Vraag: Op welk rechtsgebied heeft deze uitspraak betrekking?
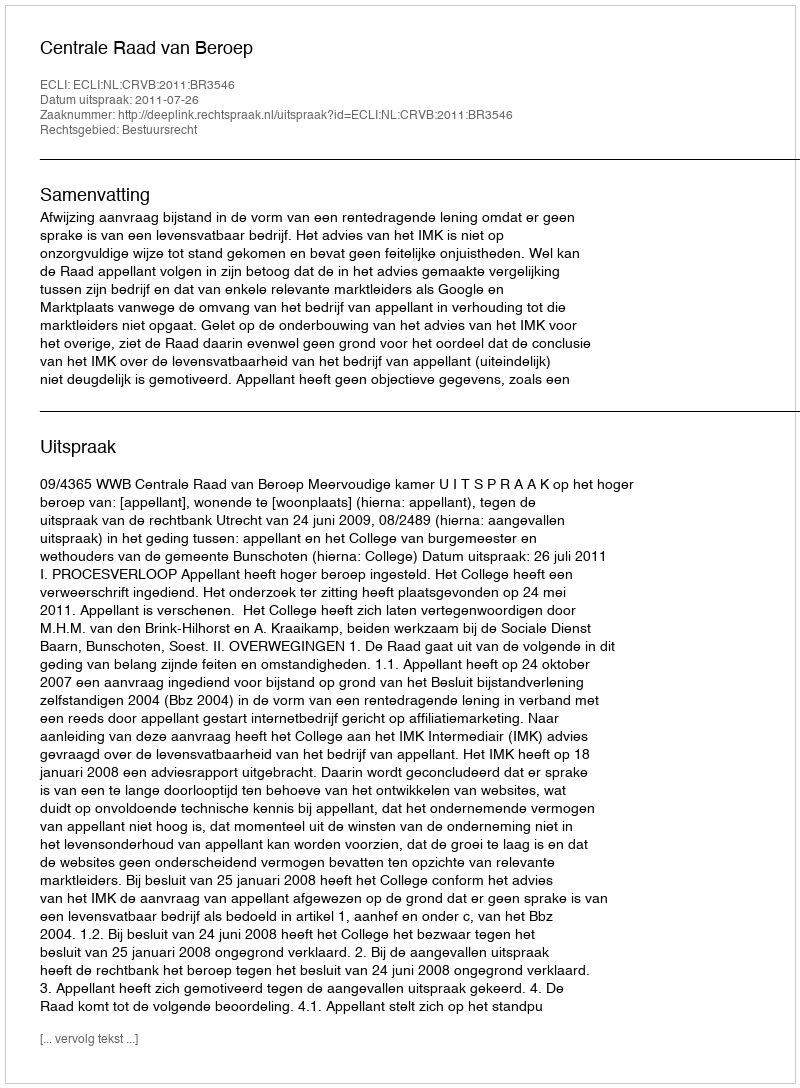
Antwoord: Bestuursrecht